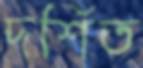
দর্শিত